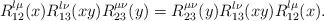
LaTeX: \begin{align*}R^{\l\mu}_{12}(x)R^{\l\nu}_{13}(xy)R^{\mu\nu}_{23}(y) =R^{\mu\nu}_{23}(y)R^{\l\nu}_{13}(xy)R^{\l\mu}_{12}(x).\end{align*}